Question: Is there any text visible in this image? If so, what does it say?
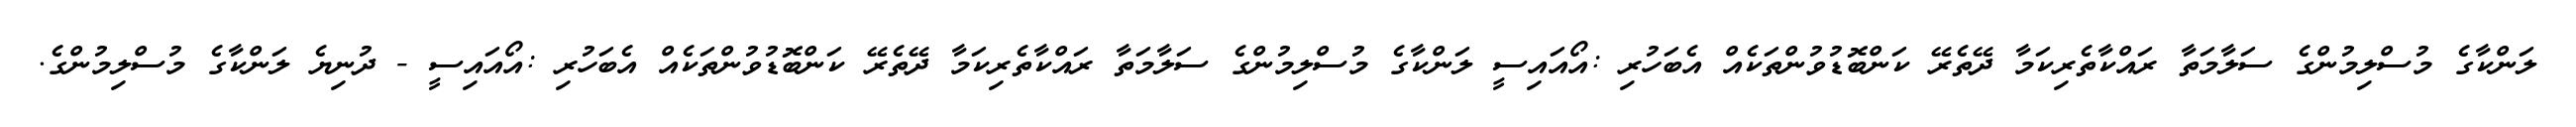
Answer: ލަންކާގެ މުސްލިމުންގެ ސަލާމަތާ ރައްކާތެރިކަމާ ދޭތެރޭ ކަންބޮޑުވުންތަކެއް އެބަހުރި :އޯއައިސީ ލަންކާގެ މުސްލިމުންގެ ސަލާމަތާ ރައްކާތެރިކަމާ ދޭތެރޭ ކަންބޮޑުވުންތަކެއް އެބަހުރި :އޯއައިސީ - ދުނިޔެ ލަންކާގެ މުސްލިމުންގެ.